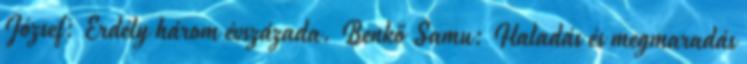
József: Erdély három évszázada. Benkő Samu: Haladás és megmaradás